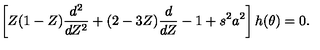
\left[ Z ( 1 - Z ) \frac { d ^ { 2 } } { d Z ^ { 2 } } + ( 2 - 3 Z ) \frac { d } { d Z } - 1 + s ^ { 2 } a ^ { 2 } \right] h ( \theta ) = 0 .